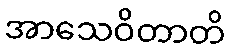
အာသေဝိတာတိ